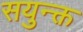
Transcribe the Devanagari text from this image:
सयुन्क्त